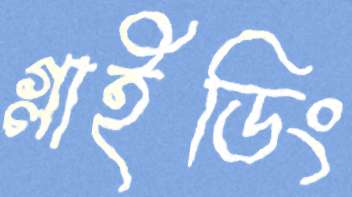
গ্লাইডিং